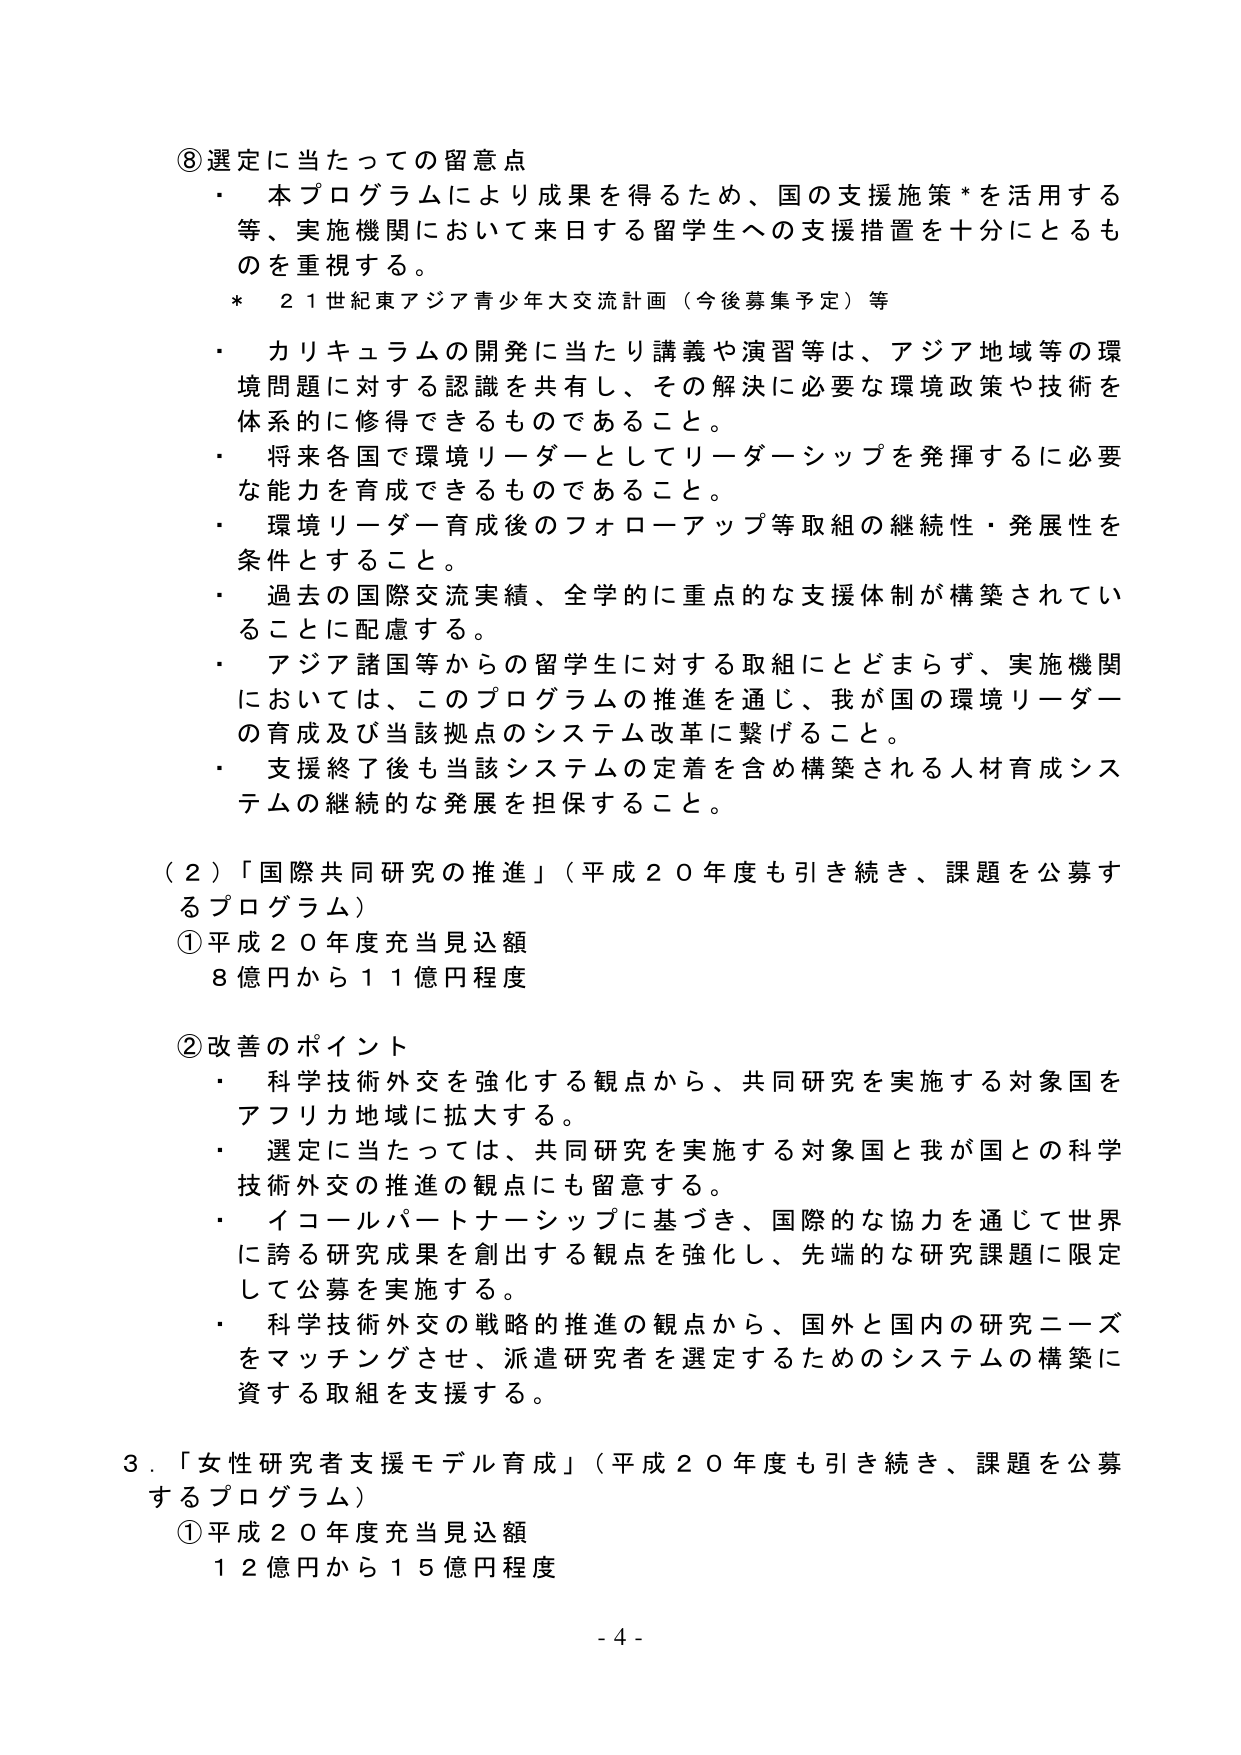
⑧選定に当たっての留意点
・本プログラムにより成果を得るため、国の支援施策*を活用する等、実施機関において来日する留学生への支援措置を十分にとるものを重視する。
* 21世紀東アジア青少年大交流計画（今後募集予定）等
・カリキュラムの開発に当たり講義や演習等は、アジア地域等の環境問題に対する認識を共有し、その解決に必要な環境政策や技術を体系的に修得できるものであること。
・将来各国で環境リーダーとしてリーダーシップを発揮するに必要な能力を育成できるものであること。
・環境リーダー育成後のフォローアップ等取組の継続性・発展性を条件とすること。
・過去の国際交流実績、全学的に重点的な支援体制が構築されていることに配慮する。
・アジア諸国等からの留学生に対する取組にとどまらず、実施機関においては、このプログラムの推進を通じ、我が国の環境リーダーの育成及び当該拠点のシステム改革に繋げること。
・支援終了後も当該システムの定着を含め構築される人材育成システムの継続的な発展を担保すること。

（2）「国際共同研究の推進」（平成20年度も引き続き、課題を公募するプログラム）
①平成20年度充当見込額
　8億円から11億円程度

②改善のポイント
・科学技術外交を強化する観点から、共同研究を実施する対象国をアフリカ地域に拡大する。
・選定に当たっては、共同研究を実施する対象国と我が国との科学技術外交の推進の観点にも留意する。
・イコールパートナーシップに基づき、国際的な協力を通じて世界に誇る研究成果を創出する観点を強化し、先端的な研究課題に限定して公募を実施する。
・科学技術外交の戦略的推進の観点から、国外と国内の研究ニーズをマッチングさせ、派遣研究者を選定するためのシステムの構築に資する取組を支援する。

3．「女性研究者支援モデル育成」（平成20年度も引き続き、課題を公募するプログラム）
①平成20年度充当見込額
　12億円から15億円程度

- 4 -